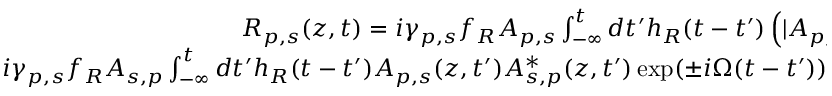
\begin{array} { r } { R _ { p , s } ( z , t ) = i \gamma _ { p , s } f _ { R } A _ { p , s } \int _ { - \infty } ^ { t } d t ^ { \prime } h _ { R } ( t - t ^ { \prime } ) \left( | A _ { p , s } ( z , t ^ { \prime } ) | ^ { 2 } + | A _ { s , p } ( z , t ^ { \prime } ) | ^ { 2 } \right) + } \\ { i \gamma _ { p , s } f _ { R } A _ { s , p } \int _ { - \infty } ^ { t } d t ^ { \prime } h _ { R } ( t - t ^ { \prime } ) A _ { p , s } ( z , t ^ { \prime } ) A _ { s , p } ^ { * } ( z , t ^ { \prime } ) \exp ( \pm i \Omega ( t - t ^ { \prime } ) ) \sum _ { m = 0 } ^ { N } \exp ( i m ( \Omega \cdot \Delta \tau - 2 \phi ) ) } \end{array}